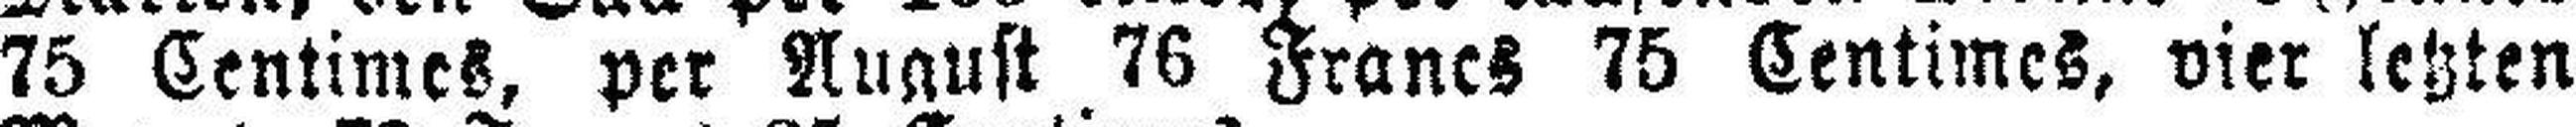
75 Centimes, per August 76 Francs 75 Centimes, vier letzten